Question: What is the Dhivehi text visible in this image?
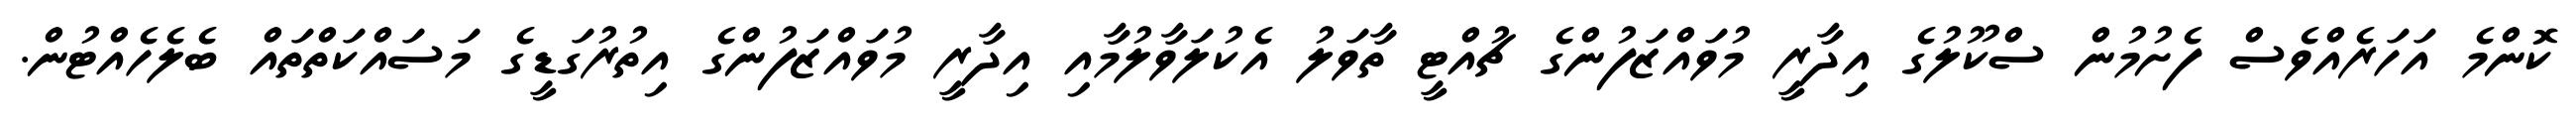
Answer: ކޮންމެ އަހަރެއްވެސް ފެށުމުން ސްކޫލުގެ އިދާރީ މުވައްޒަފުންގެ ޗުއްޓީ ތާވަލު އެކުލަވާލުމާއި އިދާރީ މުވައްޒަފުންގެ އިތުރުގަޑީގެ މަސައްކަތްތައް ބެލެހެއްޓުން.